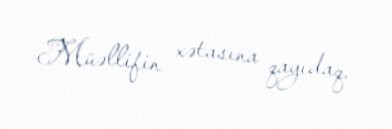
Müəllifin xətasına qayıdaq.